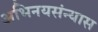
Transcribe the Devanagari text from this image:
अभिनयसंन्यास